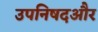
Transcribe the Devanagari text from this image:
उपनिषदऔर